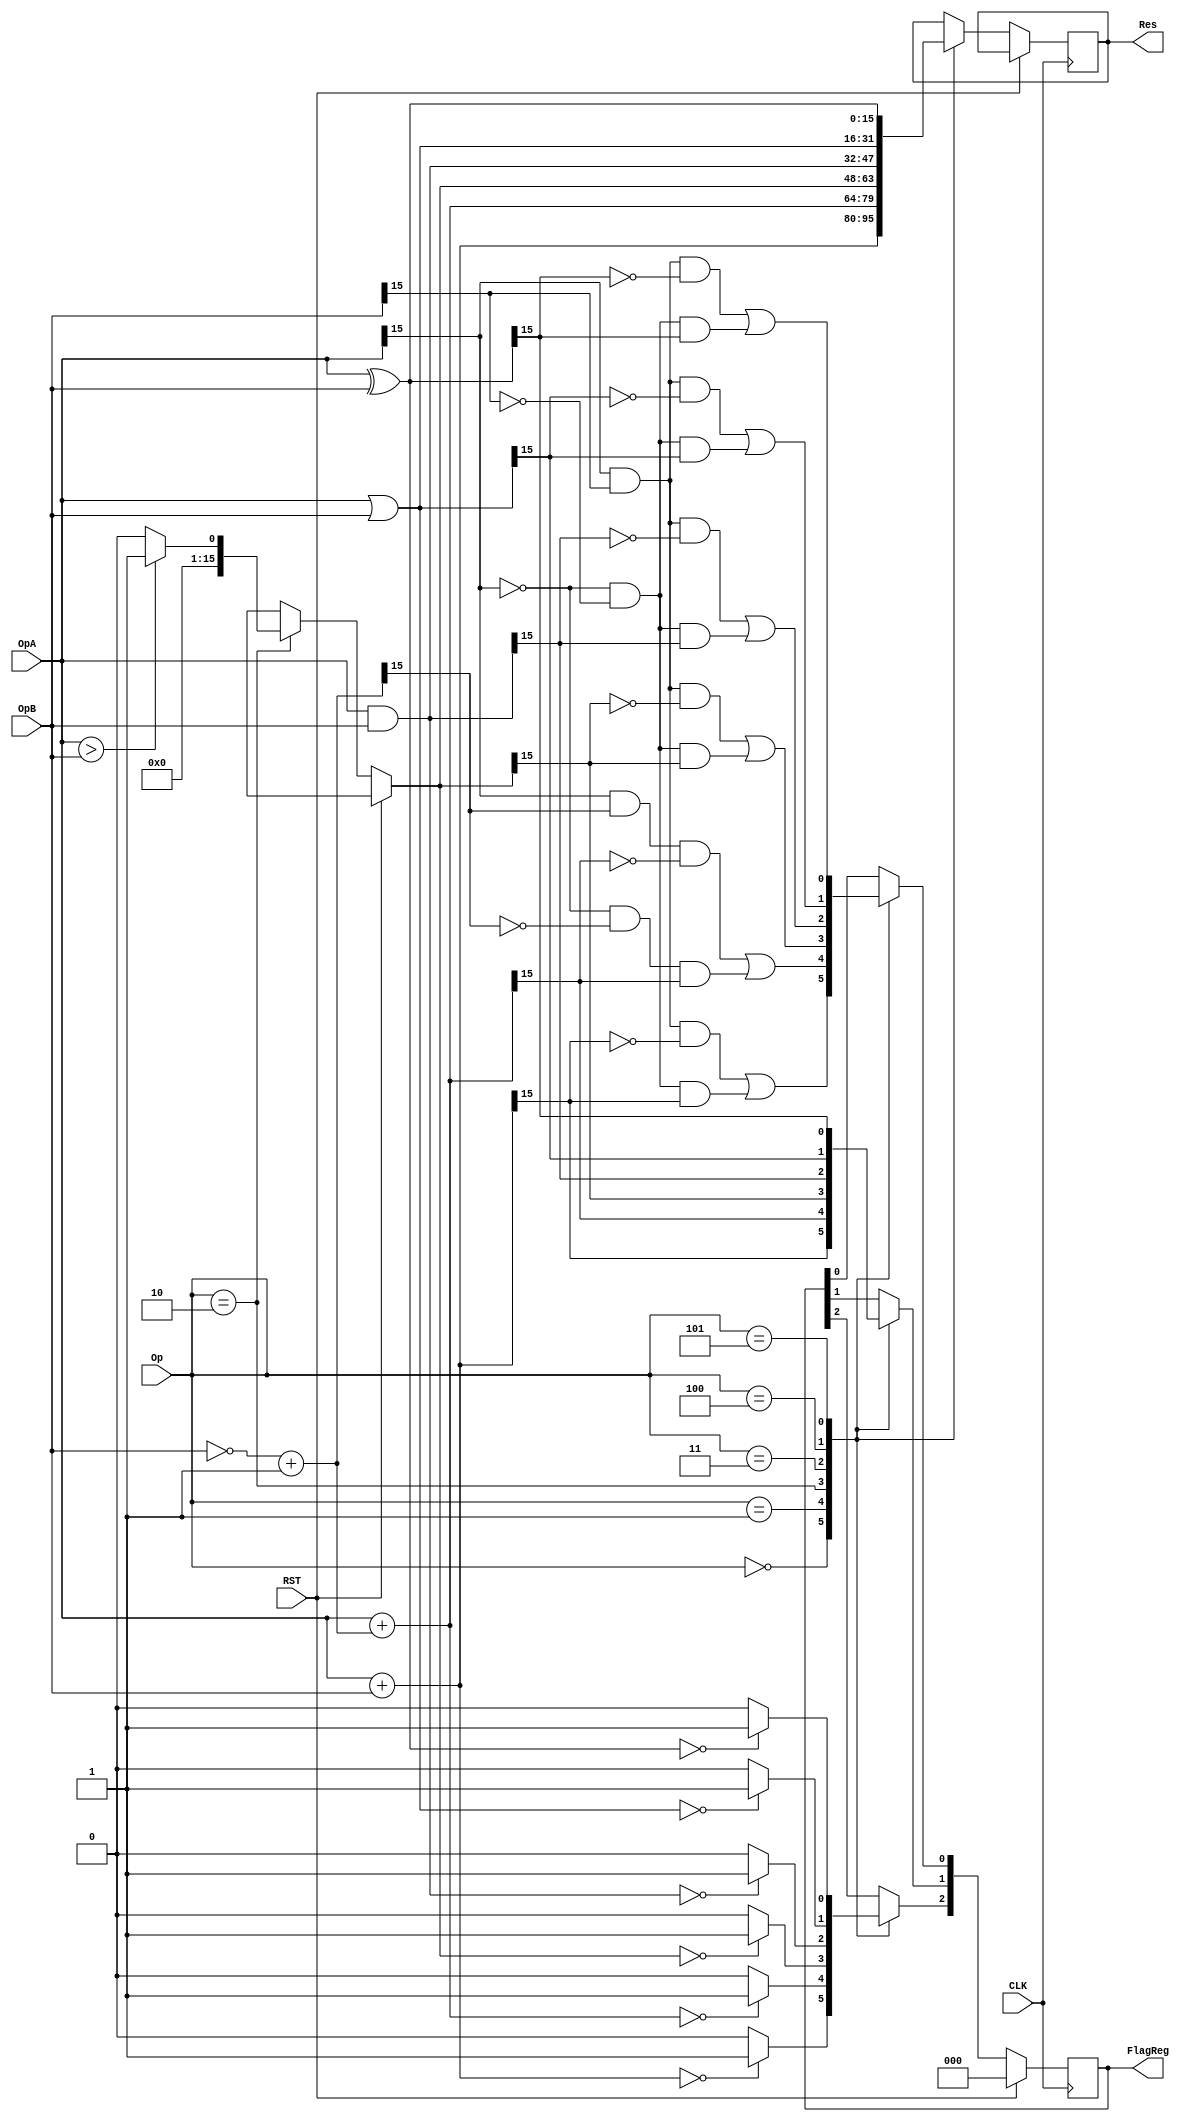
//							Iuri Silva Castro
//			Mestrando em Engenharia Eletrica - PPGEE
//			Universidade Federal de Minas Gerais - UFMG
//									2/2017

/* Codigos das instruoes:
			ADD = 0000
			SUB = 0001
			SLT = 0010
			AND = 0011
			OR =  0100
			XOR = 0101
*/

// OpA, OpB: Operandos de entrada. 16-bit
// Res: Resultado da operaao. 16-bit
// Op: Codigo da operaao a ser executada
module ULA (OpA, OpB, Res, Op, FlagReg, CLK, RST);

	input CLK, RST;
	input [3:0] Op;
	input [15:0] OpA, OpB;
	output reg [15:0] Res;
	output reg [2:0] FlagReg;		// [Z N C]: Z=Zero; N=Neg; C=Carry/Overflow
	
	wire [15:0] invOpB;
	assign invOpB = ~OpB + 16'd1;

	parameter InsADD = 4'b0000;	// ADD	Res = OpA + OpB
	parameter InsSUB = 4'b0001;	//	SUB	Res = OpA - OpB
	parameter InsSLT = 4'b0010;	//	SLTI	Res = (OpA > OpB) ? 1 : 0
	parameter InsAND = 4'b0011;	//	AND 	Res = OpA & OpB
	parameter InsOR =  4'b0100;	//	OR 	Res = OpA | OpB
	parameter InsXOR = 4'b0101;	//	XOR 	Res = OpA ^ OpB
	
	parameter OverflowFlag	= 0;
	parameter NegFlag 		= 1;
	parameter ZeroFlag		= 2;
	
	always @(posedge CLK) begin
		if (RST) begin
				FlagReg = 3'b000;
		end
		else begin
			case (Op)
				InsADD: begin			
					Res = OpA + OpB;
					
					/* Zero check */
					if (Res == 0)
						FlagReg[ZeroFlag] = 1'b1;
					else
						FlagReg[ZeroFlag] = 1'b0;
					/* Overflow check */
					FlagReg[OverflowFlag] = (OpA[15] & OpB[15] & ~Res[15]) | (~OpA[15] & ~OpB[15] & Res[15]);
					/* Negative check */
					FlagReg[NegFlag] = Res[15];
				end
				InsSUB: begin			
					Res = OpA + invOpB;
					
					/* Zero check */
					if (Res == 0)
						FlagReg[ZeroFlag] = 1'b1;
					else
						FlagReg[ZeroFlag] = 1'b0;
					/* Overflow check */
					FlagReg[OverflowFlag] = (OpA[15] & invOpB[15] & ~Res[15]) | (~OpA[15] & ~invOpB[15] & Res[15]);
					/* Negative check */
					FlagReg[NegFlag] = Res[15];
				end
				InsSLT: begin
					if (OpA > OpB)
						Res = 16'd1;
					else
						Res = 16'd0;
						
					/* Zero check */
					if (Res == 0)
						FlagReg[ZeroFlag] = 1'b1;
					else
						FlagReg[ZeroFlag] = 1'b0;
					/* Overflow check */
					FlagReg[OverflowFlag] = (OpA[15] & OpB[15] & ~Res[15]) | (~OpA[15] & ~OpB[15] & Res[15]);
					/* Negative check */
					FlagReg[NegFlag] = Res[15];
				end
				InsAND: begin			
					Res = OpA & OpB;
					
					/* Zero check */
					if (Res == 0)
						FlagReg[ZeroFlag] = 1'b1;
					else
						FlagReg[ZeroFlag] = 1'b0;
					/* Overflow check */
					FlagReg[OverflowFlag] = (OpA[15] & OpB[15] & ~Res[15]) | (~OpA[15] & ~OpB[15] & Res[15]);
					/* Negative check */
					FlagReg[NegFlag] = Res[15];
				end
				InsOR: begin			
					Res = OpA | OpB;
					
					/* Zero check */
					if (Res == 0)
						FlagReg[ZeroFlag] = 1'b1;
					else
						FlagReg[ZeroFlag] = 1'b0;
					/* Overflow check */
					FlagReg[OverflowFlag] = (OpA[15] & OpB[15] & ~Res[15]) | (~OpA[15] & ~OpB[15] & Res[15]);
					/* Negative check */
					FlagReg[NegFlag] = Res[15];
				end
				InsXOR: begin			
					Res = OpA ^ OpB;
					
					/* Zero check */
					if (Res == 0)
						FlagReg[ZeroFlag] = 1'b1;
					else
						FlagReg[ZeroFlag] = 1'b0;
					/* Overflow check */
					FlagReg[OverflowFlag] = (OpA[15] & OpB[15] & ~Res[15]) | (~OpA[15] & ~OpB[15] & Res[15]);
					/* Negative check */
					FlagReg[NegFlag] = Res[15];
				end
			endcase
		end
	end
endmodule

module ULATB ();
  reg CLK, RST;
  reg[15:0] OpA, OpB;
  reg[3:0] Op;
  wire[2:0] FlagReg;
  wire[15:0] Res;

  ULA ULA1 (
    .OpA(OpA),         // Operando A.
    .OpB(OpB),         // Operando B.
    .Res(Res),         // Resultado.
    .Op(Op),           // Cdigo do operador.
    .FlagReg(FlagReg), // Flags: overflow = 0, neg = 1, zero = 2.
    .CLK(CLK),         // Clock
    .RST(RST)          // Reset.
  );

  reg TestResult;
  reg[15:0] ExpectedValue;
  reg[2:0] ExpectedFlags;
  task CheckULAOutput;
    begin
      if (Res != ExpectedValue) begin
        $display ("Error at time %d", $time); 
        $display ("Expected result to have value %d, Got Value %d", ExpectedValue, Res); 
        $display ("Test result: FAILED."); 
        TestResult = 0;
        $finish;
      end else if (FlagReg != ExpectedFlags) begin
        $display ("Error at time %d", $time); 
        $display ("Expected register A to have value %b, Got Value %b", ExpectedFlags, FlagReg); 
        $display ("Test result: FAILED."); 
        TestResult = 0;
        $finish;
      end else begin
        TestResult = 1;
      end
    end
  endtask
    
  initial begin
    TestResult = 1;

    ExpectedValue = 16'dx;
    ExpectedFlags = 2'dx;

    ExpectedValue <= #5 16'dx;
    ExpectedFlags <= #5 2'd0;

    ExpectedValue <= #15 32767;
    ExpectedFlags <= #15 2'd0;

    ExpectedValue <= #25 32768;
    ExpectedFlags <= #25 3'b011;

    ExpectedValue <= #35 0;
    ExpectedFlags <= #35 3'b100;

    ExpectedValue <= #45 16'b1110000000000000;
    ExpectedFlags <= #45 3'b010;

    ExpectedValue <= #55 1;
    ExpectedFlags <= #55 3'b000;

    ExpectedValue <= #65 16'b1111111111111111;
    ExpectedFlags <= #65 3'b010;

    ExpectedValue <= #75 16'd1;
    ExpectedFlags <= #75 3'b000;

    ExpectedValue <= #85 16'd0;
    ExpectedFlags <= #85 3'b100;

    ExpectedValue <= #95 16'b0011111111111111;
    ExpectedFlags <= #95 3'b000;

    ExpectedValue <= #105 16'b1111111111111111;
    ExpectedFlags <= #105 3'b010;

    ExpectedValue <= #115 16'b0111111111111111;
    ExpectedFlags <= #115 3'b000;
  end

  initial begin
    // Descomente para ver o resultado da ULA.
    // $monitor(
    //   "Time = %g, CLK = %d, Res = %d, Flags = %b",
    //   $time, CLK, Res, FlagReg
    // );

    // Reseta o valor das flags.
    CLK = 0;
    RST = 1;

    // Testa a adio (cdigo 0).
    #10
    RST = 0;
    Op = 0;
    OpA = 16383;
    OpB = 16384;

    // Overflow.
    #10
    OpA = 16384;
    OpB = 16384;

    // Zero flag.
    #10
    OpA = 0;
    OpB = 0;

    // Adio de nmeros negativos.
    #10
    OpA = 16'b0010000000000000;
    OpB = 16'b1100000000000000;

    // Testa a subtrao (cdigo 1).
    #10
    Op = 1;
    OpA = 16384;
    OpB = 16383;

    // Negative flag.
    #10
    OpA = 16383;
    OpB = 16384;
   
    // Testa o operador > (cdigo 2).
    #10
    Op = 2;
    OpA = 16384;
    OpB = 0;

    #10
    OpA = 0;
    OpB = 16384;

    // Testa o operador AND (cdigo 3).
    #10
    Op = 3;
    OpA = 16'b0111111111111111;
    OpB = 16'b0011111111111111;

    // Testa o operador OR (cdigo 4).
    #10
    Op = 4;
    OpA = 16'b0000000011111111;
    OpB = 16'b1111111100000000;

    // Testa o operador XOR (cdigo 5).
    #10
    Op = 5;
    OpA = 16'b0101010101010101;
    OpB = 16'b0010101010101010;

    #20
    $display ("Test result: PASSED."); 
    $finish;
  end

  always begin
    #5 CLK = ~CLK;
    CheckULAOutput();
  end
endmodule